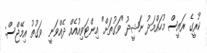
ކުރީގެ ރައީސް މުހައްމަދު ނަޝީދު "ވަގުތަށް" އިންޓަވިއުއެއް ދެއްވަނީ  ވަގުތު އިމޭޖްސް: